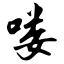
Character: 喽